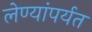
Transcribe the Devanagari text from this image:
लेण्यांपर्यत